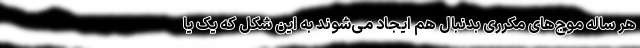
هر ساله موج‌های مکرری بدنبال هم ایجاد می‌شوند به این شکل که یک یا